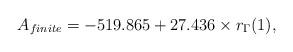
LaTeX: \begin{align*}A_{finite}=-519.865+27.436\times r_{\Gamma}(1),\end{align*}